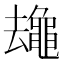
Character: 𱋻